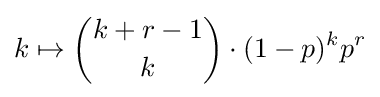
k\mapsto {k+r-1 \choose k}\cdot (1-p)^{k}p^{r}